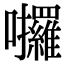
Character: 𡆆